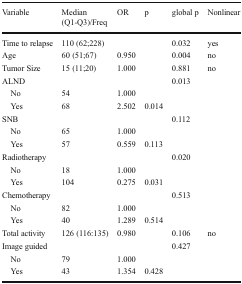
<table><thead><tr><td><b>Variable</b></td><td><b>Median (Q1-Q3)/Freq</b></td><td><b>OR</b></td><td><b>p</b></td><td><b>global p</b></td><td><b>Nonlinear</b></td></tr></thead><tbody><tr><td>Time to relapse</td><td>110 (62;228)</td><td></td><td></td><td>0.032</td><td>yes</td></tr><tr><td>Age</td><td>60 (51;67)</td><td>0.950</td><td></td><td>0.004</td><td>no</td></tr><tr><td>Tumor Size</td><td>15 (11;20)</td><td>1.000</td><td></td><td>0.881</td><td>no</td></tr><tr><td>ALND</td><td></td><td></td><td></td><td>0.013</td><td></td></tr><tr><td> No</td><td>54</td><td>1.000</td><td></td><td></td><td></td></tr><tr><td> Yes</td><td>68</td><td>2.502</td><td>0.014</td><td></td><td></td></tr><tr><td>SNB</td><td></td><td></td><td></td><td>0.112</td><td></td></tr><tr><td> No</td><td>65</td><td>1.000</td><td></td><td></td><td></td></tr><tr><td> Yes</td><td>57</td><td>0.559</td><td>0.113</td><td></td><td></td></tr><tr><td>Radiotherapy</td><td></td><td></td><td></td><td>0.020</td><td></td></tr><tr><td> No</td><td>18</td><td>1.000</td><td></td><td></td><td></td></tr><tr><td> Yes</td><td>104</td><td>0.275</td><td>0.031</td><td></td><td></td></tr><tr><td>Chemotherapy</td><td></td><td></td><td></td><td>0.513</td><td></td></tr><tr><td> No</td><td>82</td><td>1.000</td><td></td><td></td><td></td></tr><tr><td> Yes</td><td>40</td><td>1.289</td><td>0.514</td><td></td><td></td></tr><tr><td>Total activity</td><td>126 (116:135)</td><td>0.980</td><td></td><td>0.106</td><td>no</td></tr><tr><td>Image guided</td><td></td><td></td><td></td><td>0.427</td><td></td></tr><tr><td> No</td><td>79</td><td>1.000</td><td></td><td></td><td></td></tr><tr><td> Yes</td><td>43</td><td>1.354</td><td>0.428</td><td></td><td></td></tr></tbody></table>